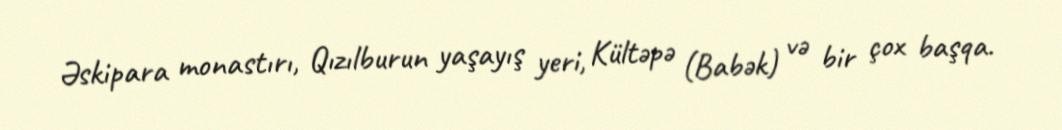
Əskipara monastırı, Qızılburun yaşayış yeri, Kültəpə (Babək) və bir çox başqa.